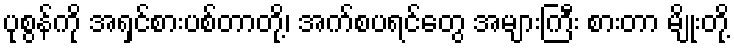
ပုစွန်ကို အရှင်စားပစ်တာတို့၊ အက်စပရင်တွေ အများကြီး စားတာ မျိုးတို့